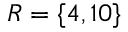
R = \{ 4 , 1 0 \}